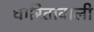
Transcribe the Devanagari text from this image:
धारितावाली